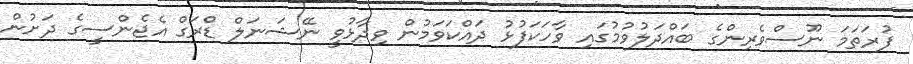
ފުރަތަމަ ނޫސްވެރިންގެ ބައްދަލުވުމުގައި ވާހަކަފުޅު ދައްކަވަމުން ވިދާޅުވީ ނޭޝަނަލް ޑްރަގް އެޖެންސީގެ ދަށުން